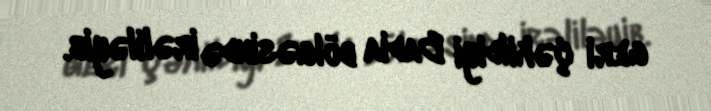
geri çəkildiyi Badia bölgəsində irəliləyib.